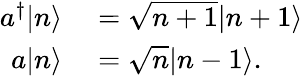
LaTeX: \begin{array}{rl}{a^{\dagger}|n\rangle}&{{}={\sqrt{n+1}}|n+1\rangle}\\ {a|n\rangle}&{{}={\sqrt{n}}|n-1\rangle.}\end{array}